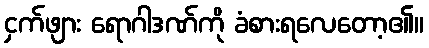
ငှက်ဖျား ရောဂါဒဏ်ကို ခံစားရလေတော့၏။